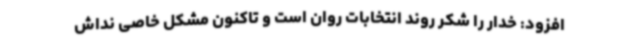
افزود: خدار را شکر روند انتخابات روان است و تاکنون مشکل خاصی نداش